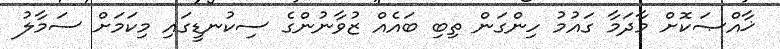
ޚާއްޞަކޮށް މާދަމާ ގައުމު ހިންގަން ތިބި ބައެއް ޒުވާނުންގެ ސިކުނޑީގައި މިކަމަށް ސަމާލު